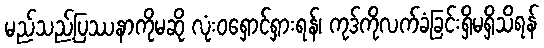
မည်သည့်ပြဿနာကိုမဆို လုံးဝရှောင်ရှားရန်၊ ကုဒ်ကိုလက်ခံခြင်းရှိမရှိသိရန်